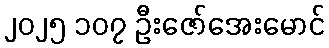
၂၀၂၅ ၁၀၇ ဦးဇော်အေးမောင်